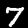
Digit: 7